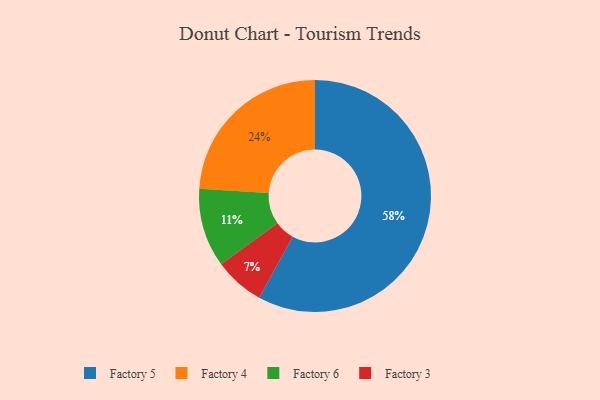
{"axis": {"x": "Category", "y": "Percentage"}, "legend": ["Factory 3", "Factory 4", "Factory 5", "Factory 6"], "data": [{"x": "Factory 3", "y": 7, "type": "Factory 3"}, {"x": "Factory 5", "y": 58, "type": "Factory 5"}, {"x": "Factory 6", "y": 11, "type": "Factory 6"}, {"x": "Factory 4", "y": 24, "type": "Factory 4"}]}